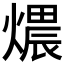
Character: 𤏏